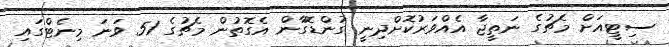
ސިޓީއަށް މެޗުގެ ނަތީޖާ އެއްވަރުކޮށްދިނީ ގުންޑޮގާން އެގޮތުން މެޗުގެ 51 ވަނަ މިނެޓްގައި